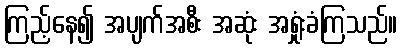
ကြည့်နေ၍ အပျက်အစီး အဆုံး အရှုံးခံကြသည်။